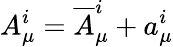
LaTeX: A_{\mu}^{i}={\overline{{A}}}_{\mu}^{i}+a_{\mu}^{i}